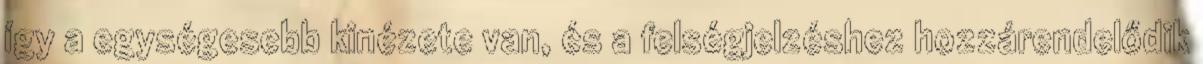
így a egységesebb kinézete van, és a felségjelzéshez hozzárendelődik